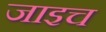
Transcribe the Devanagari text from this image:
जाइच